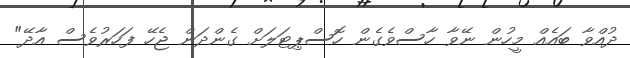
ދުއްވާ ބައެއް މީހުން ނޭވާ ހާސްވެގެން ހޮސްޕިޓަލަށް ގެންދަން ޖެހޭ ފަހަރުވެސް އާދޭ"